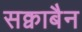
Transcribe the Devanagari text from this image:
सक्वाबैन